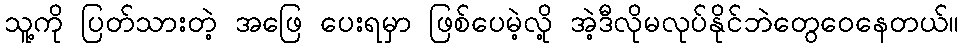
သူ့ကို ပြတ်သားတဲ့ အဖြေ ပေးရမှာ ဖြစ်ပေမဲ့လို့ အဲ့ဒီလိုမလုပ်နိုင်ဘဲတွေဝေနေတယ်။